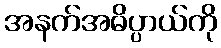
အနက်အဓိပ္ပာယ်ကို